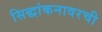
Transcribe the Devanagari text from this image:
सिद्धांकनावरची